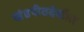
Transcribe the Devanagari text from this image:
खंडपीठदेखील